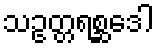
သဥတ္တရစ္ဆဒေါ